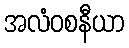
အလံဝစနီယာ